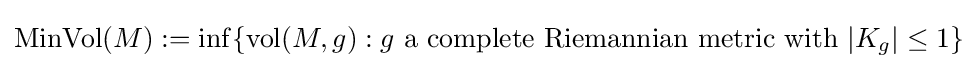
\operatorname {MinVol} (M):=\inf\{\operatorname {vol} (M,g):g{\text{ a complete Riemannian metric with }}|K_{g}|\leq 1\}